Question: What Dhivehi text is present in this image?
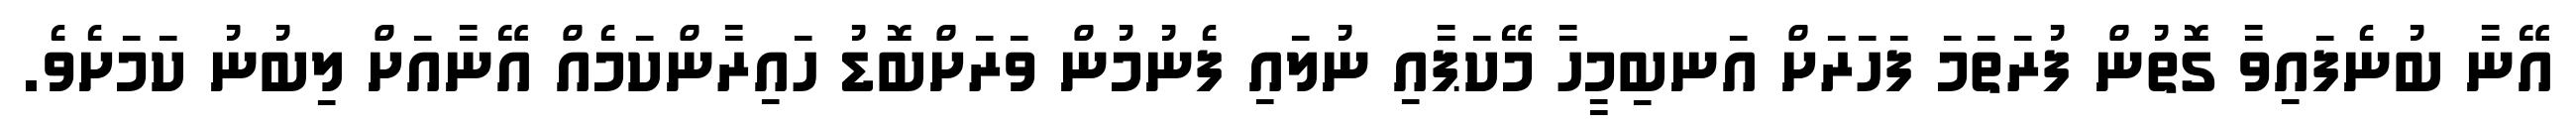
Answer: އޭނާ ބުނެފައިވާ ގޮތުން ފުރަތަމަ ފަހަރަށް އަނބިމީހާ މޭކަޕާއި ނުލައި ފެނުމުން ވަރަށްބޮޑު ހައިރާންކަމެއް އޭނާއަށް ލިބުނު ކަމަށެވެ.